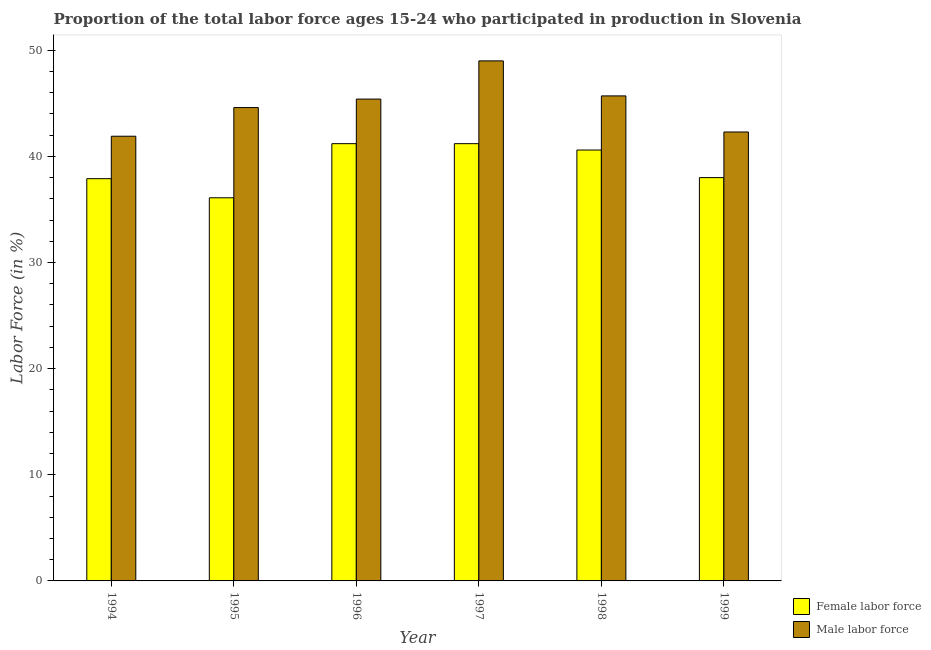
| Year | Female labor force | Male labor force |
 | --- | --- | --- |
 | 1994 | 37.9 | 41.9 |
 | 1995 | 36.1 | 44.6 |
 | 1996 | 41.2 | 45.4 |
 | 1997 | 41.2 | 49 |
 | 1998 | 40.6 | 45.7 |
 | 1999 | 38 | 42.3 |